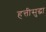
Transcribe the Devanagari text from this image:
हत्तीसुद्धा